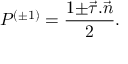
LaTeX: { \cal P } ^ { ( \pm 1 ) } = \frac { 1 { \pm } \vec { \tau } . \vec { n } } { 2 } .